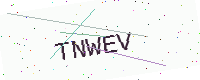
Text: TNWEV